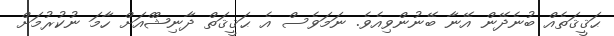
ޙަޤީޤަތެެއް ބުނެދޭން އޭނާ ބޭނުންވިިއެވެ. ނަމަވެސް އެ ޙަޤީޤަތް ދާނިޝްްއަށް ހާމަ ނުކުރުމަށް